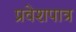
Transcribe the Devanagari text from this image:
प्रवेशपात्र